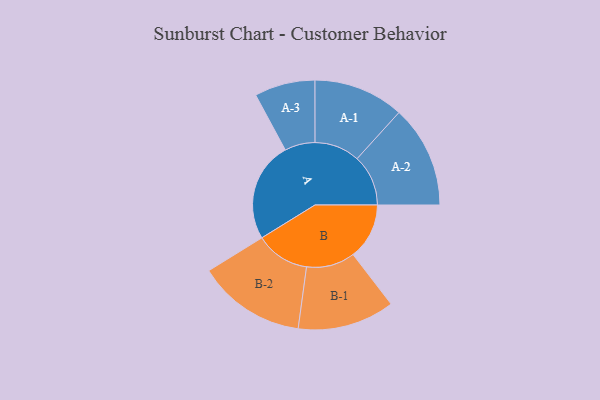
{"axis": {"x": "Segment", "y": "Value"}, "legend": ["", "A", "B"], "data": [{"x": "A", "y": 340, "type": ""}, {"x": "B", "y": 191, "type": ""}, {"x": "A-1", "y": 154, "type": "A"}, {"x": "A-2", "y": 174, "type": "A"}, {"x": "A-3", "y": 103, "type": "A"}, {"x": "B-1", "y": 165, "type": "B"}, {"x": "B-2", "y": 184, "type": "B"}]}